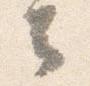
云